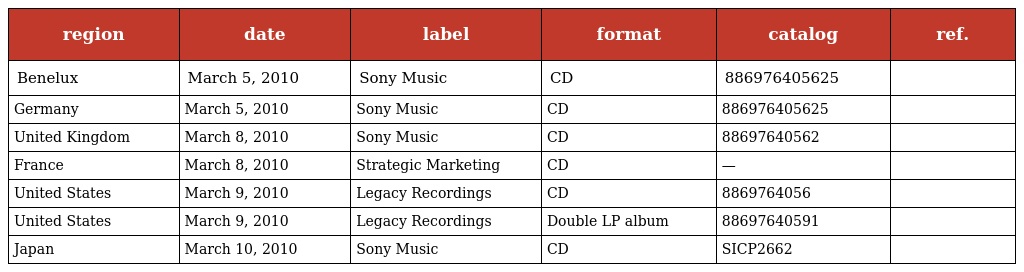
| region | date | label | format | catalog | ref. |
 | --- | --- | --- | --- | --- | --- |
 | Benelux | March 5, 2010 | Sony Music | CD | 886976405625 |  |
 | Germany | March 5, 2010 | Sony Music | CD | 886976405625 |  |
 | United Kingdom | March 8, 2010 | Sony Music | CD | 88697640562 |  |
 | France | March 8, 2010 | Strategic Marketing | CD | — |  |
 | United States | March 9, 2010 | Legacy Recordings | CD | 8869764056 |  |
 | United States | March 9, 2010 | Legacy Recordings | Double LP album | 88697640591 |  |
 | Japan | March 10, 2010 | Sony Music | CD | SICP2662 |  |